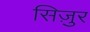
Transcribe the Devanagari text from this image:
सिज़ुर